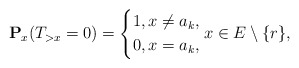
\begin{align*}\mathbf{P}_x(T_{>x}=0)=\left\lbrace \begin{aligned}1,x\neq a_k, \\0,x=a_k,\end{aligned} \right. x\in E\setminus \{r\},\end{align*}